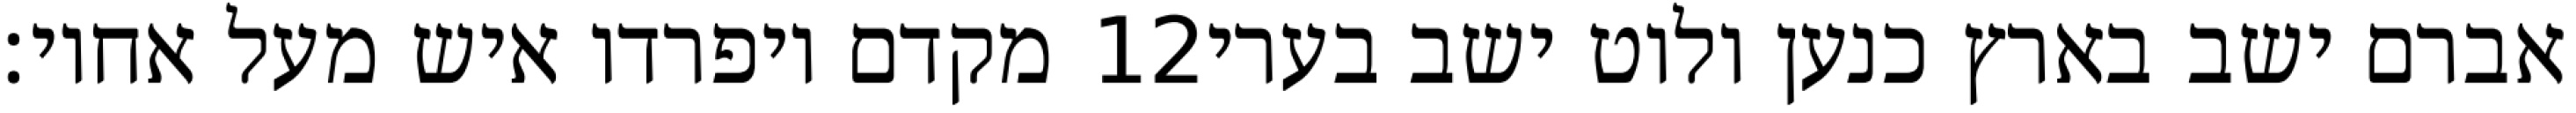
מקדם ויפרדו איש מעל אחיו׃ ‎12‏ אברם ישב בארץ כנען ולוט ישב בערי